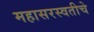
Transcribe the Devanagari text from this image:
महासरस्वतीचे